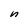
Character: n